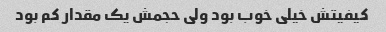
کیفیتش خیلی خوب بود ولی حجمش یک مقدار کم بود